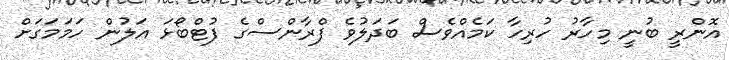
އޮންރީ ބުނީ މިހާރު ހުރިހާ ކަމެއްވެސް ބަދަލުވެ ފްރާންސްގެ ފުޓްބޯޅަ އަލުން ހަމަމަގަށް